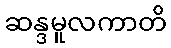
ဆန္ဒမူလကာတိ